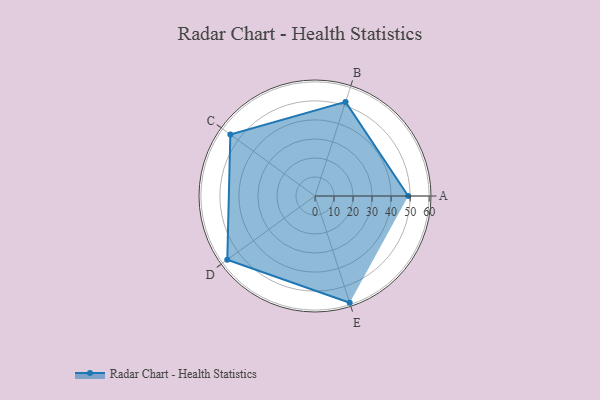
{"axis": {"x": "Skill", "y": "Score"}, "legend": ["Profile"], "data": [{"x": "A", "y": 49.0, "type": "Profile"}, {"x": "B", "y": 52.0, "type": "Profile"}, {"x": "C", "y": 55.0, "type": "Profile"}, {"x": "D", "y": 57.0, "type": "Profile"}, {"x": "E", "y": 59.0, "type": "Profile"}]}